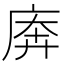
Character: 𫷱